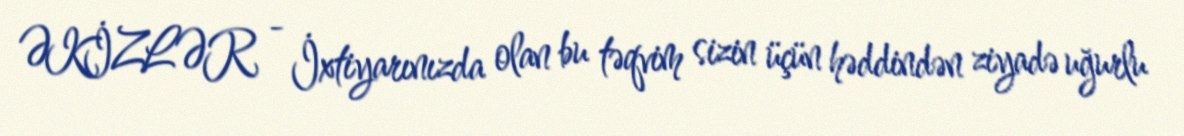
ƏKİZLƏR - İxtiyarınızda olan bu təqvim sizin üçün həddindən ziyadə uğurlu